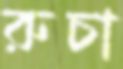
রুচা